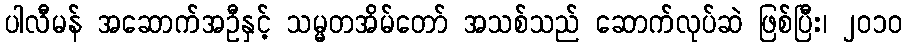
ပါလီမန် အဆောက်အဦနှင့် သမ္မတအိမ်တော် အသစ်သည် ဆောက်လုပ်ဆဲ ဖြစ်ပြီး၊ ၂၀၁၀